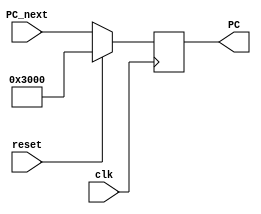
`timescale 1ns / 1ps
//////////////////////////////////////////////////////////////////////////////////
// Company: 
// Engineer: 
// 
// Design Name: 
// Module Name:    PC_Reg 
// Project Name: 
// Target Devices: 
// Tool versions: 
// Description: 
//
// Dependencies: 
//
// Revision: 
// Revision 0.01 - File Created
// Additional Comments: 
//
//////////////////////////////////////////////////////////////////////////////////
module PC_Reg(
    input [31:0] PC_next,
	 input clk,
	 input reset,
    output [31:0] PC
    );
reg [31:0] Reg;
assign PC = Reg;
initial begin
	Reg = 32'h00003000;
end
always@(posedge clk) begin
	if(reset) 
		Reg <= 32'h00003000;
	else
		Reg <= PC_next;
end
endmodule